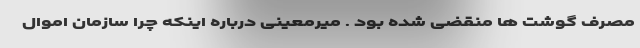
مصرف گوشت ها منقضی شده بود . میرمعینی درباره اینکه چرا سازمان اموال